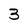
Character: 3